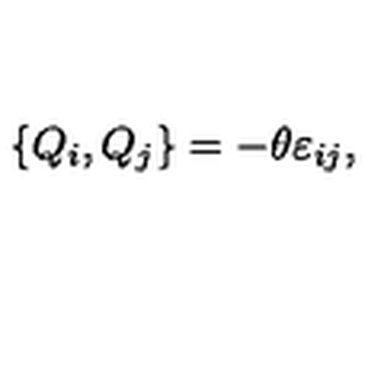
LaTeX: \{ Q _ { i } , Q _ { j } \} = - \theta \varepsilon _ { i j } ,